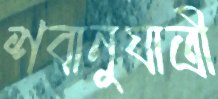
শবানুযাত্রী